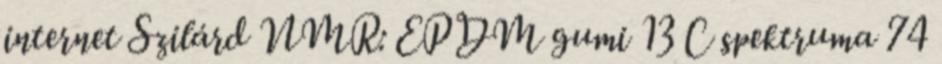
internet Szilárd NMR: EPDM gumi 13 C spektruma 74